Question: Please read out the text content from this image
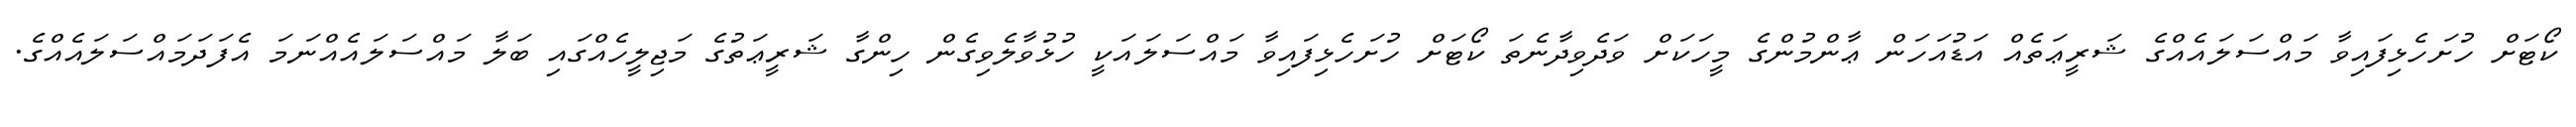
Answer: ކޯޓަށް ހުށަހެޅިފައިވާ މައްސަލައެއްގެ ޝަރީޢަތެއް އަޑުއަހަން ޢާންމުންގެ މީހަކަށް ވަދެވިދާނެތަ ކޯޓަށް ހުށަހެޅިފައިވާ މައްސަލައަކީ ހުޅުވާލެވިގެން ހިންގާ ޝަރީޢަތުގެ މަޖިލީހެއްގައި ބަލާ މައްސަލައެއްނަމަ އެފަދަމައްސަލައެއްގެ.